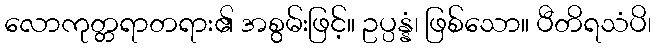
လောကုတ္တရာတရား၏ အစွမ်းဖြင့်။ ဥပ္ပန္နံ၊ ဖြစ်သော။ ပီတိရသံပိ၊